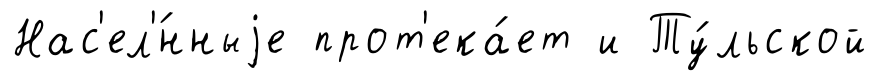
Нас'ел'́нныjе прот'ека́ет и Ту́льской